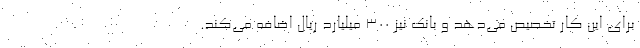
برای این کار تخصیص می‌دهد و بانک نیز 300 میلیارد ریال اضافه می‌کند.